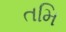
તમિ